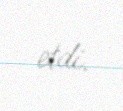
etdi.